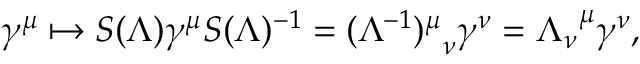
\gamma ^ { \mu } \mapsto S ( \Lambda ) \gamma ^ { \mu } S ( \Lambda ) ^ { - 1 } = { ( \Lambda ^ { - 1 } ) ^ { \mu } } _ { \nu } \gamma ^ { \nu } = { \Lambda _ { \nu } } ^ { \mu } \gamma ^ { \nu } ,